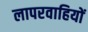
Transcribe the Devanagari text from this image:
लापरवाहियों